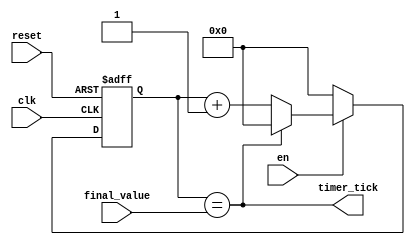
`timescale 1ns / 1ps
//////////////////////////////////////////////////////////////////////////////////
// Company: 
// Engineer: 
// 
// Design Name: 
// Module Name: timer
// Project Name: 
// Target Devices: 
// Tool Versions: 
// Description: 
// 
// Dependencies: 
// 
// Revision:
// Revision 0.01 - File Created
// Additional Comments:
// 
//////////////////////////////////////////////////////////////////////////////////


module timer#(
    parameter n = 10)(
    input clk, reset, en,
    input [n-1 : 0] final_value,
    output timer_tick
    );
    
    reg [n-1 : 0] curr_state, next_state;
    always@(posedge clk, posedge reset)begin
        if(reset)
            curr_state <= 'b0;
        else if(en)
            curr_state <= next_state;
        else
            curr_state <= 'b0;
    end
    
    assign timer_tick = (curr_state == final_value);
    
    always@(*)begin
        if(timer_tick)
            next_state = 'b0;
        else
            next_state = curr_state + 1;
    end
endmodule